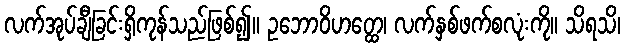
လက်အုပ်ချီခြင်းရှိကုန်သည်ဖြစ်၍။ ဥဘောဝိဟတ္ထေ၊ လက်နှစ်ဖက်စလုံးကို။ သိရသိ၊